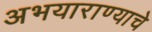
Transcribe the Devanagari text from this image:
अभयाराण्याचे